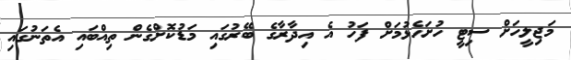
މަޖިލީހަށް ސިޓީ ހުށަހެޅުމަށް ފަހު އެ އިދާރާގެ ބޭރުގައި މަޑުކޮށްގެން ތިއްބައި އެތަނުގައި